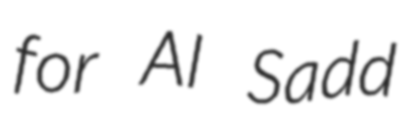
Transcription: for Al Sadd